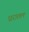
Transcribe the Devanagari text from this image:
ध्ररातल